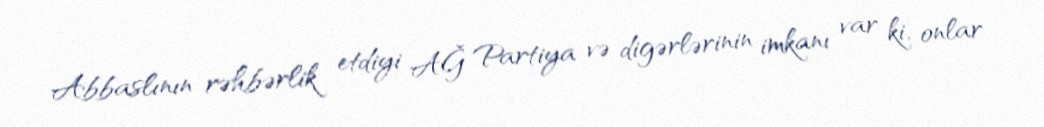
Abbaslının rəhbərlik etdiyi AĞ Partiya və digərlərinin imkanı var ki, onlar